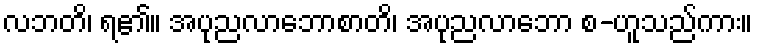
လဘတိ၊ ရ၏။ အပုညလာဘောစာတိ၊ အပုညလာဘော စ-ဟူသည်ကား။